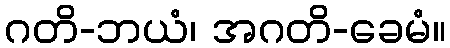
ဂတိ-ဘယံ၊ အဂတိ-ခေမံ။